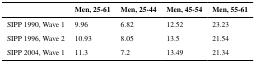
|  | Men, 25-61 | Men, 25-44 | Men, 45-54 | Men, 55-61 |
 | --- | --- | --- | --- | --- |
 | SIPP 1990, Wave 1 | 9.96 | 6.82 | 12.52 | 23.23 |
 | SIPP 1996, Wave 2 | 10.93 | 8.05 | 13.5 | 21.54 |
 | SIPP 2004, Wave 1 | 11.3 | 7.2 | 13.49 | 21.34 |